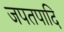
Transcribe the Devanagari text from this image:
जपतपादि